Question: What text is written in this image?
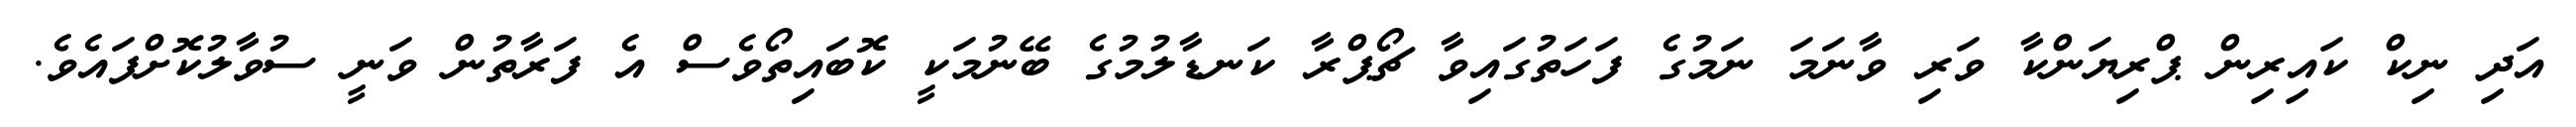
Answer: އަދި ނިކް ކައިރިން ޕްރިޔަންކާ ވަރި ވާނަމަ ނަމުގެ ފަހަތުގައިވާ ޗޯޕްރާ ކަނޑާލުމުގެ ބޭނުމަކީ ކޮބައިތޯވެސް އެ ފަރާތުން ވަނީ ސުވާލުކޮށްފައެވެ.